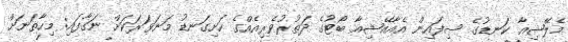
މެލޭޝިއާ ކަނޑުގެ ސިފައިން އެއާއޭޝިއާ ބޯޓުގެ ދަތުރުވެރިއެއްގެ ހަށިގަނޑު މަނަވަރަކަށް ނަގާފައި: މިހާތަނަށް